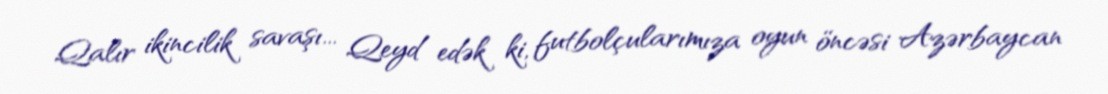
Qalır ikincilik savaşı... Qeyd edək ki, futbolçularımıza oyun öncəsi Azərbaycan